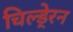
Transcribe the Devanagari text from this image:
चिल्डे्रन